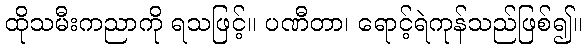
ထိုသမီးကညာကို ရသဖြင့်။ ပဏီတာ၊ ရောင့်ရဲကုန်သည်ဖြစ်၍။